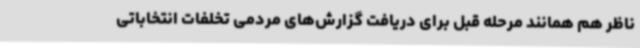
ناظر هم همانند مرحله قبل برای دریافت گزارش‌های مردمی تخلفات انتخاباتی